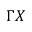
\Gamma X